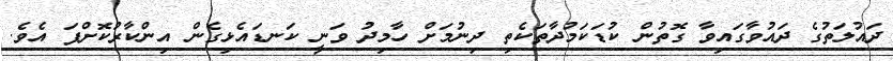
ދައުލަތުގެ ދައުވާގައިވާ ގޮތުން ކުޑަކަމުދާތަކެތި ދިނުމަށް ހާމިދު ވަނީ ކަނޑައެޅިގެން އިންކާރުކޮށްފަ އެވެ.